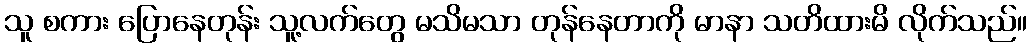
သူ စကား ပြောနေတုန်း သူ့လက်တွေ မသိမသာ တုန်နေတာကို မာနာ သတိထားမိ လိုက်သည်။